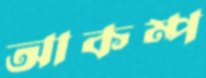
আকম্প